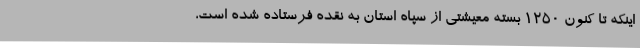
اینکه تا کنون 1250 بسته معیشتی از سپاه استان به نقده فرستاده شده است،